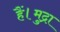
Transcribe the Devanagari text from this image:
हैं।मुद्रा